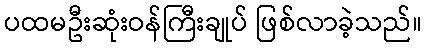
ပထမဦးဆုံးဝန်ကြီးချုပ် ဖြစ်လာခဲ့သည်။